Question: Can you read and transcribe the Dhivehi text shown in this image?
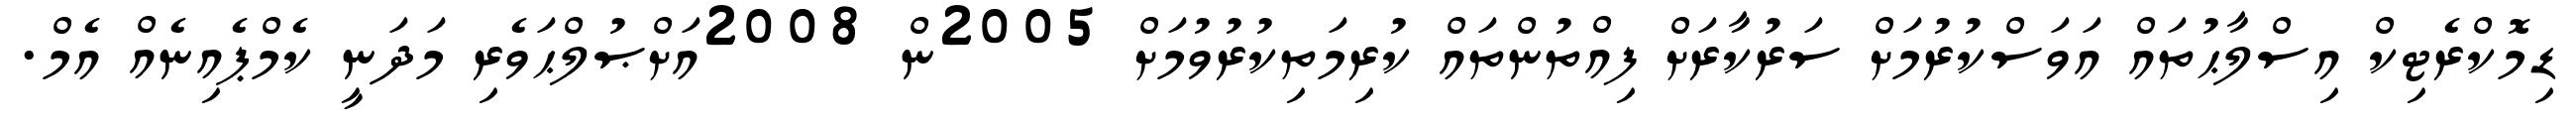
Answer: ޑިމޮކްރެޓިކް އިސްލާޙުތައް އަވަސްކުރުމަށް ސަރުކާރަށް ފިއްތުންތައް ކުރިމަތިކުރުވުމަށް 2005ން 2008އަށްޞުލްޙަވެރި މަދަނީ ކެމްޕެއިނެއް އެމް.